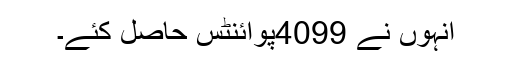
انہوں نے 4099پوائنٹس حاصل کئے۔